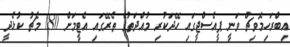
އިބްރަހިމޮވިޗް ވަނީ ޕީއެސްޖީގައި ހޭދަކުރި މުއްދަތުގެ ތެރޭގައި އެޓީމަށް 180 މެޗު ކުޅެދީ